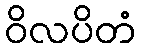
ဝိလပိတံ